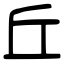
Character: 丘